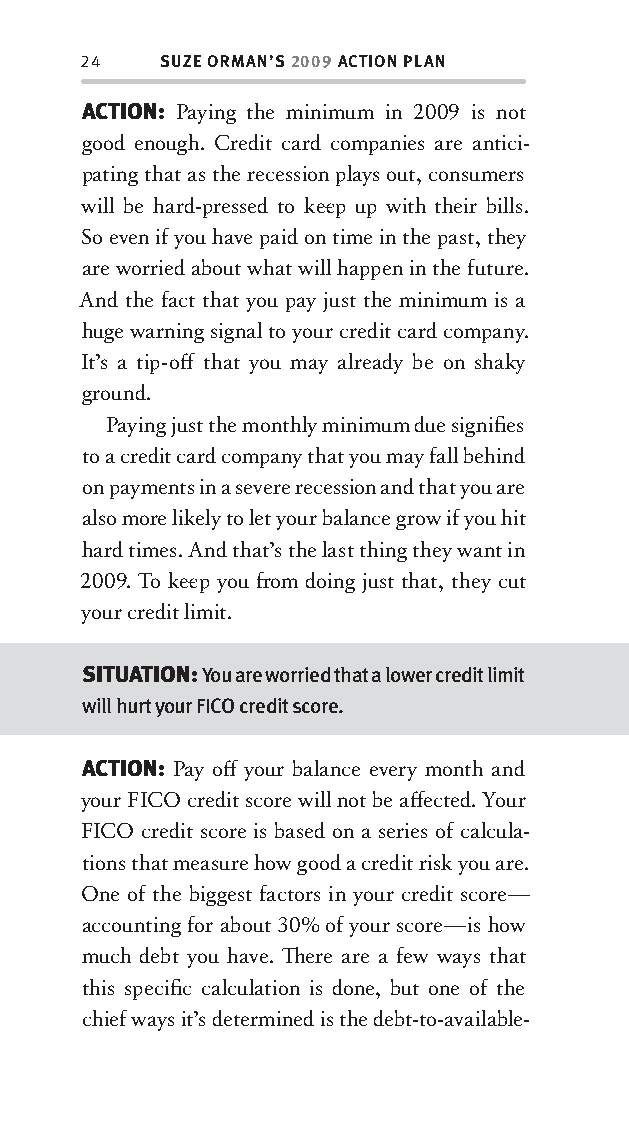
24   SUZE ORMAN’S 2009 ACTION PLAN
 ACTION: Paying the minimum in 2009 is not
 good enough. Credit card companies are antici-
 pating that as the recession plays out, consumers
 will be hard-pressed to kee p up with their bills.
 So even if you have paid on time in the past, they
 are worried about what will happen in the future.
 And the fact that you pay just the minimum is a
 huge warning signal to your credit card company.
 It’s a tip-off that you may already be on shaky
 ground.
 Paying just the monthly minimum due signifi es
 to a credit card company that you may fall behind
 on payments in a severe recession and that you are
 also more likely to let your balance grow if you hit
 hard times. And that’s the last thing they want in
 2009. To kee p you fr om doing just that, they cut
 your credit limit.
 SITUATION: You are worried that a lower credit limit
 will hurt your FICO credit score.
 ACTION: Pay off your balance every month and
 your FICO credit score will not be aff ected. Your
 FICO credit score is based on a series of calcula-
 tions that measure how good a credit risk you are.
 One of the biggest factors in your credit score—
 accounting for about 30% of your score—is how
 much debt you have. Th ere are a few ways that
 this specifi c calculation is done, but one of the
 chief ways it’s determined is the debt-to-available-
 OOrrmmaa__99778800338855553300993344__44pp__aallll__rr11..iinndddd 2244 1122//33//0088 99::3311::0011 AAMM